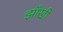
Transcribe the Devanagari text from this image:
झाँखी